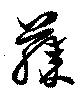
膝